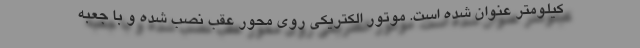
کیلومتر عنوان شده است. موتور الکتریکی روی محور عقب نصب شده و با جعبه